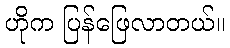
ဟိုက ပြန်ဖြေလာတယ်။